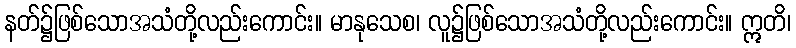
နတ်၌ဖြစ်သောအသံတို့လည်းကောင်း။ မာနုသေစ၊ လူ၌ဖြစ်သောအသံတို့လည်းကောင်း။ ဣတိ၊